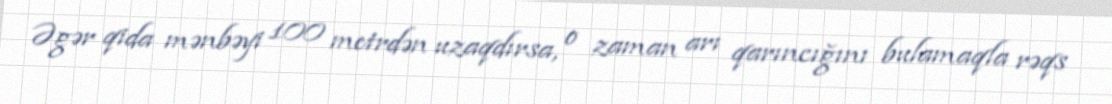
Əgər qida mənbəyi 100 metrdən uzaqdırsa, o zaman arı qarıncığını bulamaqla rəqs